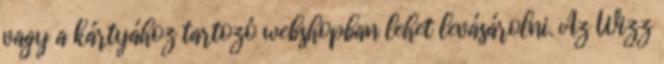
vagy a kártyához tartozó webshopban lehet levásárolni. Az Wizz